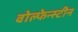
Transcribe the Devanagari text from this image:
वोल्फेन्स्टीन